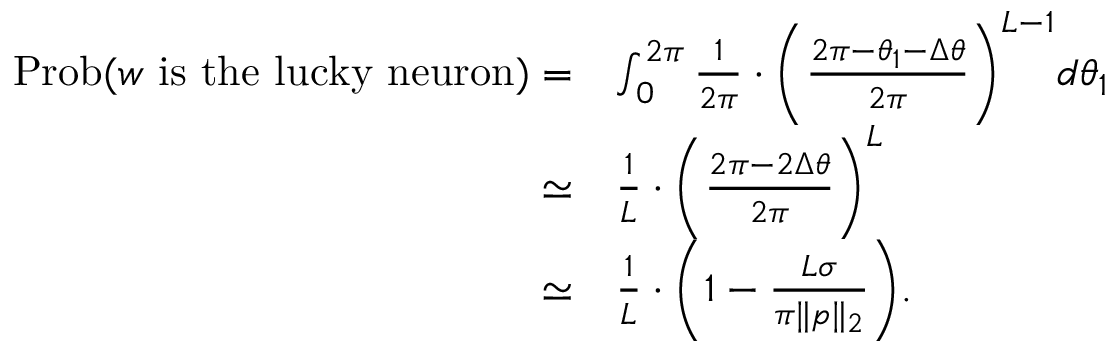
\begin{array} { r l } { \mathrm { P r o b } ( { \boldsymbol w } \mathrm { ~ i s ~ t h e ~ l u c k y ~ n e u r o n } ) = } & { \int _ { 0 } ^ { 2 \pi } \frac { 1 } { 2 \pi } \cdot \bigg ( \frac { 2 \pi - \theta _ { 1 } - \Delta \theta } { 2 \pi } \bigg ) ^ { L - 1 } d \theta _ { 1 } } \\ { \simeq } & { \frac { 1 } { L } \cdot \bigg ( \frac { 2 \pi - 2 \Delta \theta } { 2 \pi } \bigg ) ^ { L } } \\ { \simeq } & { \frac { 1 } { L } \cdot \bigg ( 1 - \frac { L \sigma } { \pi \| { \boldsymbol p } \| _ { 2 } } \bigg ) . } \end{array}